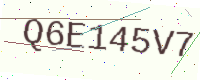
Text: Q6E145V7